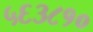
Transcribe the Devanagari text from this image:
५६३८१०